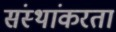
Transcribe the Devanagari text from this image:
संस्थांकरता